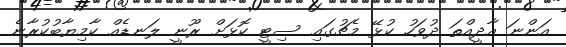
އަންނަ އާދީއްތަ ދުވަހު ކުޅޭ މެޗުގައި ސިޓީ ކޮޅަށް ރޫނީ ލަނޑެއް ކާމިޔާބުކުރާނެ